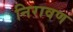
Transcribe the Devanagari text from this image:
निरावण